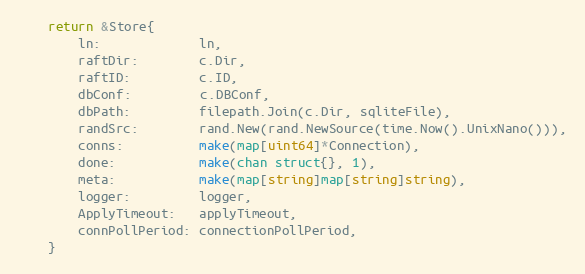
Language: Go
	return &Store{
		ln:             ln,
		raftDir:        c.Dir,
		raftID:         c.ID,
		dbConf:         c.DBConf,
		dbPath:         filepath.Join(c.Dir, sqliteFile),
		randSrc:        rand.New(rand.NewSource(time.Now().UnixNano())),
		conns:          make(map[uint64]*Connection),
		done:           make(chan struct{}, 1),
		meta:           make(map[string]map[string]string),
		logger:         logger,
		ApplyTimeout:   applyTimeout,
		connPollPeriod: connectionPollPeriod,
	}